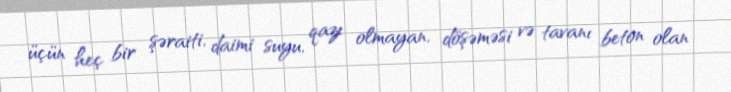
üçün heç bir şəraiti, daimi suyu, qazı olmayan, döşəməsi və tavanı beton olan